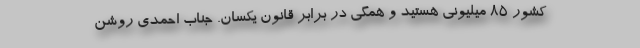
کشور 85 میلیونی هستید و همگی در برابر قانون یکسان. جناب احمدی روشن